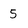
Character: 5